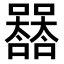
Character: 𡄛